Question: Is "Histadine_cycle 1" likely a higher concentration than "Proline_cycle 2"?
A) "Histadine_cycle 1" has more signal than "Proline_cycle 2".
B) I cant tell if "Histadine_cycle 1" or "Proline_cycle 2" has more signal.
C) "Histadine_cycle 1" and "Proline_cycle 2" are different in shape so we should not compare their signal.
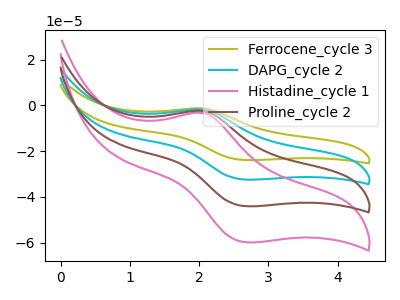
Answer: <think>The olive curve "Ferrocene_cycle 3" has an anodic peak at (2.05V, -7.25uA) and a cathodic peak at (2.70V, -132.30uA). The cyan curve "DAPG_cycle 2" has an anodic peak at (2.05V, -4.80uA) and a cathodic peak at (2.70V, -88.20uA). The pink curve "Histadine_cycle 1" has an anodic peak at (2.05V, -3.30uA) and a cathodic peak at (2.70V, -59.90uA). The brown curve "Proline_cycle 2" has an anodic peak at (2.05V, -2.40uA) and a cathodic peak at (2.70V, -44.10uA).
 All the peaks in "Histadine_cycle 1" have a peak in "Proline_cycle 2" at the same potential.</think>
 <answer>B) I cant tell if "Histadine_cycle 1" or "Proline_cycle 2" has more signal.</answer>
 <eval>B</eval>